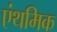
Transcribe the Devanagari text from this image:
एंथमिक